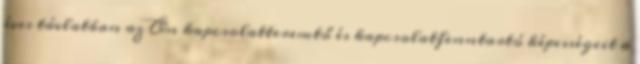
éves távlatban az Ön kapcsolatteremtő és kapcsolatfenntartó képességeit a